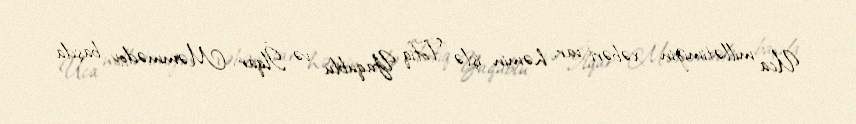
Uca millətimizin xəbəri var, həmin işlə Tofiq Yaqublu və İlqar Məmmədov başda